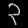
Digit: ၃